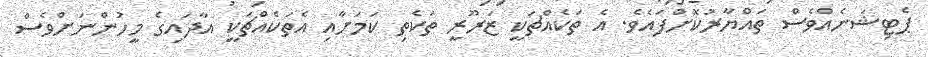
ޕެޓިޝަނެއްވެސް ތައްޔާރުކޮށްފައެވެ. އެ ތަކެއްޗަކީ ޒަރޫރީ ތަކެތި ކަމަށާއި އެތަކެއްޗަކީ އާދައިގެ މީހުންނަށްވެސް